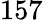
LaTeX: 157